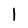
Character: 1